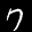
Label: 7